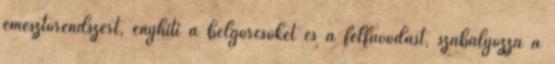
emésztőrendszert, enyhíti a bélgörcsöket és a felfúvódást, szabályozza a